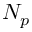
N _ { p }